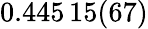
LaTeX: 0.445\, 15(67)